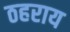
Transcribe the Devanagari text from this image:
ठहराय